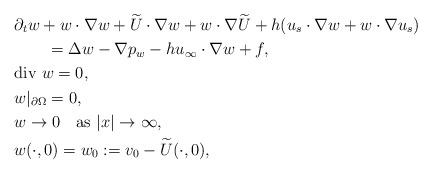
LaTeX: \begin{align*}&\partial_tw+w\cdot\nabla w+\widetilde U\cdot\nabla w+w\cdot\nabla\widetilde U+h(u_s\cdot\nabla w+w\cdot\nabla u_s) \\&\qquad=\Delta w-\nabla p_w-hu_\infty\cdot\nabla w+f, \\&\mbox{div $w$}=0, \\&w|_{\partial\Omega}=0, \\&w\to 0 \quad\mbox{as $|x|\to\infty$}, \\&w(\cdot,0)=w_0:=v_0-\widetilde U(\cdot,0),\end{align*}